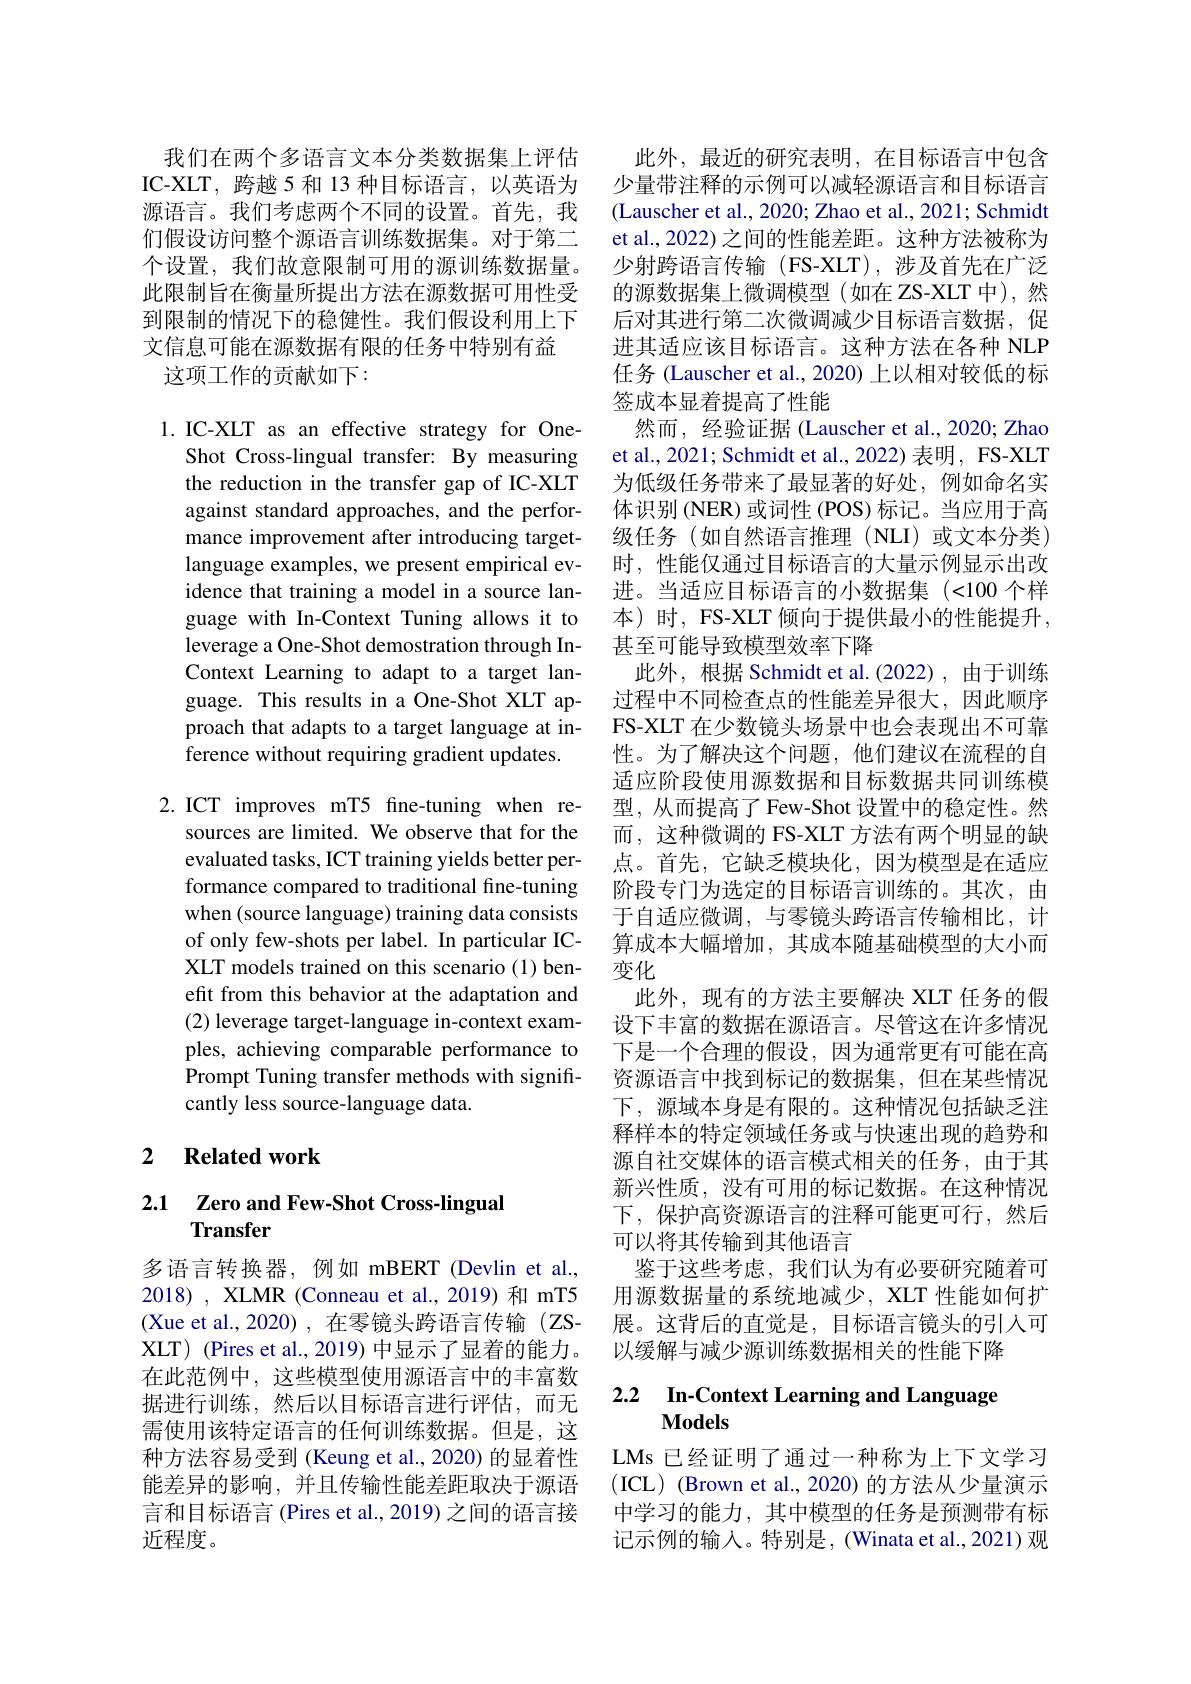
我们在两个多语言文本分类数据集上评估IC-XLT,跨越 5 和 13 种目标语言，以英语为源语言。我们考虑两个不同的设置。首先，我们假设访问整个源语言训练数据集。对于第二个设置，我们故意限制可用的源训练数据量。此限制旨在衡量所提出方法在源数据可用性受到限制的情况下的稳健性。我们假设利用上下文信息可能在源数据有限的任务中特别有益
这项工作的贡献如下：

1.IC-XLT as an effective strategy for One-
Shot Cross-lingual transfer: By measuring the reduction in the transfer gap of IC-XLT against standard approaches, and the performance improvement after introducing targetlanguage examples, we present empirical evidence that training a model in a source language with In-Context Tuning allows it to leverage a One- Shot demostration through InContext Learning to adapt to a target language. This results in a One-Shot XLT approach that adapts to a target language at inference without requiring gradient updates.

2.ICT improves mT5 fine-tuning when re-
sources are limited. We observe that for the evaluated tasks, ICT training yields better performance compared to traditional fine-tuning when (source language) training data consists of only few-shots per label. In particular ICXLT models trained on this scenario (1) benefit from this behavior at the adaptation and (2) leverage target-language in-context examples, achieving comparable performance to Prompt Tuning transfer methods with significantly less source-language data.

## 2 $\textbf{Related work}$

# 2.1 Zero and Few-Shot Cross-lingual Transfer

多语言转换器，例如 mBERT(Devlin et al., 2018), XLMR (Conneau et al., 2019)和 mT5 (Xue et al., 2020), 在零镜头跨语言传输(ZSXLT) (Pires et al., 2019) 中显示了显着的能力。在此范例中，这些模型使用源语言中的丰富数据进行训练，然后以目标语言进行评估，而无需使用该特定语言的任何训练数据。但是，这种方法容易受到 (Keung et al.,2020) 的显着性能差异的影响，并且传输性能差距取决于源语言和目标语言(Pires et al., 2019) 之间的语言接近程度。

此外，最近的研究表明，在目标语言中包含少量带注释的示例可以减轻源语言和目标语言(Lauscher et al., 2020; Zhao et al., 2021; Schmidt et al., 2022) 之间的性能差距。这种方法被称为少射跨语言传输(FS-XLT),涉及首先在广泛的源数据集上微调模型(如在 ZS-XLT 中),然后对其进行第二次微调减少目标语言数据，促进其适应该目标语言。这种方法在各种 NLP 任务 (Lauscher et al., 2020) 上以相对较低的标签成本显着提高了性能
然而，经验证据(Lauscher et al.,2020; Zhao et al., 2021; Schmidt et al., 2022) 表明，FS-XLT 为低级任务带来了最显著的好处，例如命名实体识别 (NER) 或词性 (POS) 标记。当应用于高级任务(如自然语言推理(NLI)或文本分类) 时，性能仅通过目标语言的大量示例显示出改进。当适应目标语言的小数据集(<100个样本)时，FS-XLT 倾向于提供最小的性能提升， 甚至可能导致模型效率下降
此外，根据 Schmidt et al.(2022),由于训练过程中不同检查点的性能差异很大，因此顺序FS-XLT 在少数镜头场景中也会表现出不可靠性。为了解决这个问题，他们建议在流程的自适应阶段使用源数据和目标数据共同训练模型，从而提高了 Few-Shot 设置中的稳定性。然而，这种微调的 FS-XLT 方法有两个明显的缺点。首先，它缺乏模块化，因为模型是在适应阶段专门为选定的目标语言训练的。其次，由于自适应微调，与零镜头跨语言传输相比，计算成本大幅增加，其成本随基础模型的大小而变化
此外，现有的方法主要解决 XLT 任务的假设下丰富的数据在源语言。尽管这在许多情况下是一个合理的假设，因为通常更有可能在高资源语言中找到标记的数据集，但在某些情况下，源域本身是有限的。这种情况包括缺乏注释样本的特定领域任务或与快速出现的趋势和源自社交媒体的语言模式相关的任务，由于其新兴性质，没有可用的标记数据。在这种情况下，保护高资源语言的注释可能更可行，然后可以将其传输到其他语言
鉴于这些考虑，我们认为有必要研究随着可用源数据量的系统地减少，XLT 性能如何扩展。这背后的直觉是，目标语言镜头的引入可以缓解与减少源训练数据相关的性能下降

### 2.2 $\textbf{In- Context Learning and Language}$ $\mathbf{Models}$

LMs 已经证明了通过一种称为上下文学习(ICL) (Brown et al.,2020) 的方法从少量演示中学习的能力，其中模型的任务是预测带有标记示例的输入。特别是，(Winata et al., 2021)观